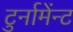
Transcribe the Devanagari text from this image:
टुर्नामेंन्ट